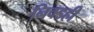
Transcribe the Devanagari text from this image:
निवडही